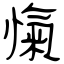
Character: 愾